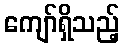
ကျော်ရှိသည့်